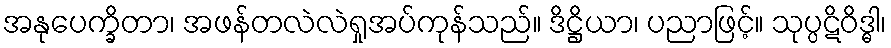
အနုပေက္ခိတာ၊ အဖန်တလဲလဲရှုအပ်ကုန်သည်။ ဒိဋ္ဌိယာ၊ ပညာဖြင့်။ သုပ္ပဋိဝိဒ္ဓါ၊